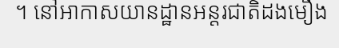
។ នៅអាកាសយានដ្ឋានអន្តរជាតិដងមឿង